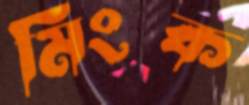
মিংক